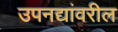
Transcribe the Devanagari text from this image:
उपनद्यांवरील